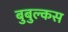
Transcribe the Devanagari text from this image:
बुबुल्कस